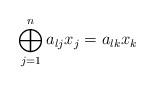
LaTeX: \begin{align*}\bigoplus_{j=1}^{n}a_{lj}x_{j}=a_{lk}x_{k}\end{align*}